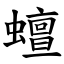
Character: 蟺